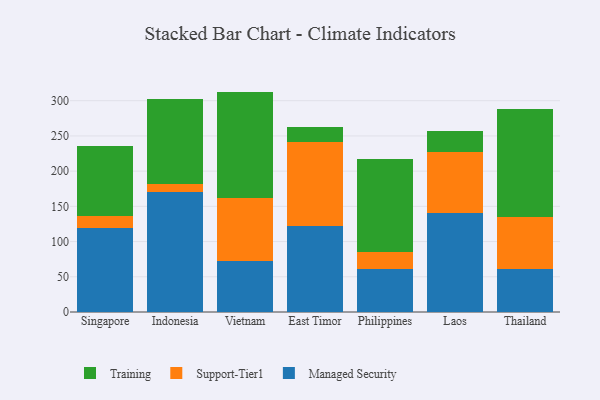
{"axis": {"x": "Country", "y": "Humidity (%)"}, "legend": ["Managed Security", "Support-Tier1", "Training"], "data": [{"x": "Singapore", "y": 118.9, "type": "Managed Security"}, {"x": "Singapore", "y": 18.1, "type": "Support-Tier1"}, {"x": "Singapore", "y": 98.0, "type": "Training"}, {"x": "Indonesia", "y": 170.5, "type": "Managed Security"}, {"x": "Indonesia", "y": 11.5, "type": "Support-Tier1"}, {"x": "Indonesia", "y": 119.7, "type": "Training"}, {"x": "Vietnam", "y": 71.9, "type": "Managed Security"}, {"x": "Vietnam", "y": 90.4, "type": "Support-Tier1"}, {"x": "Vietnam", "y": 150.6, "type": "Training"}, {"x": "East Timor", "y": 121.6, "type": "Managed Security"}, {"x": "East Timor", "y": 120.2, "type": "Support-Tier1"}, {"x": "East Timor", "y": 21.5, "type": "Training"}, {"x": "Philippines", "y": 60.9, "type": "Managed Security"}, {"x": "Philippines", "y": 24.9, "type": "Support-Tier1"}, {"x": "Philippines", "y": 131.1, "type": "Training"}, {"x": "Laos", "y": 140.4, "type": "Managed Security"}, {"x": "Laos", "y": 86.6, "type": "Support-Tier1"}, {"x": "Laos", "y": 30.3, "type": "Training"}, {"x": "Thailand", "y": 60.7, "type": "Managed Security"}, {"x": "Thailand", "y": 73.5, "type": "Support-Tier1"}, {"x": "Thailand", "y": 154.2, "type": "Training"}]}